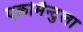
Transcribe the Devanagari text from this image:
एक्रोमैन्टुला